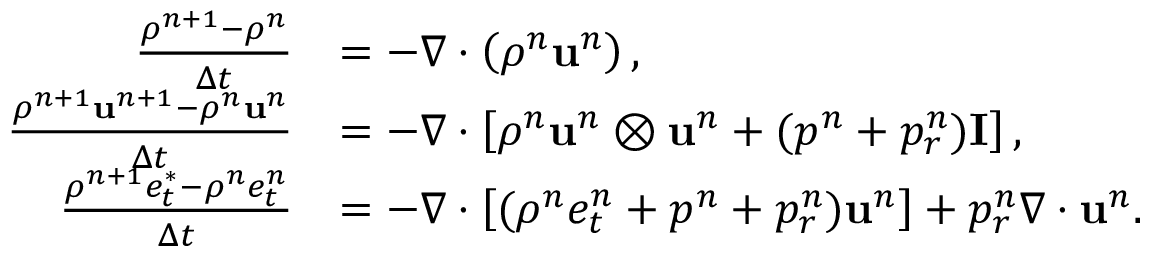
\begin{array} { r l } { \frac { \rho ^ { n + 1 } - \rho ^ { n } } { \Delta t } } & { = - \nabla \cdot \left( \rho ^ { n } \mathbf { u } ^ { n } \right) , } \\ { \frac { \rho ^ { n + 1 } \mathbf { u } ^ { n + 1 } - \rho ^ { n } \mathbf { u } ^ { n } } { \Delta t } } & { = - \nabla \cdot \left[ \rho ^ { n } \mathbf { u } ^ { n } \otimes \mathbf { u } ^ { n } + ( p ^ { n } + p _ { r } ^ { n } ) \mathbf { I } \right] , } \\ { \frac { \rho ^ { n + 1 } e _ { t } ^ { * } - \rho ^ { n } e _ { t } ^ { n } } { \Delta t } } & { = - \nabla \cdot \left[ ( \rho ^ { n } e _ { t } ^ { n } + p ^ { n } + p _ { r } ^ { n } ) \mathbf { u } ^ { n } \right] + p _ { r } ^ { n } \nabla \cdot \mathbf { u } ^ { n } . } \end{array}